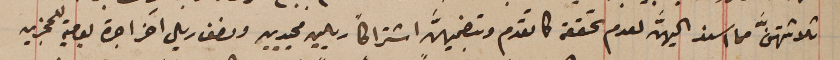
ثلاثتهنَّ مما اسند اليهنَّ لعدم تحققه كما تقدم وتضمينهنَّ اشتراكاً ريالين مجيدين ونصف ريال آخر اجرة يومية للمجزين